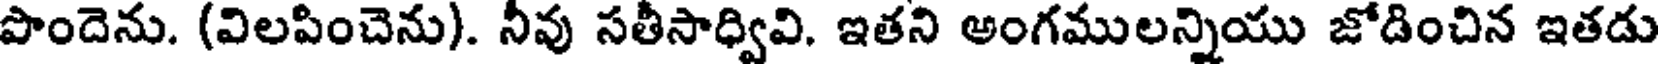
పొందెను. (విలపించెను). నీవు సతీసాధ్వివి. ఇతని అంగములన్నియు జోడించిన ఇతడు